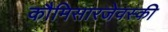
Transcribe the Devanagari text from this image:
कौमिसारजेवस्की